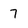
Character: 7